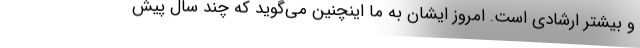
و بیشتر ارشادی است. امروز ایشان به ما اینچنین می‌گوید که چند سال پیش